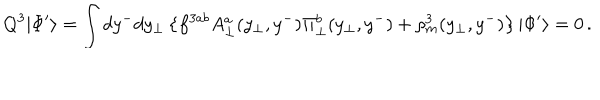
Q ^ { 3 } | \Phi ^ { \prime } \rangle = \int d y ^ { - } d y _ { \bot } \left\{ f ^ { 3 a b } A _ { \bot } ^ { a } ( y _ { \bot } , y ^ { - } ) \Pi _ { \bot } ^ { b } ( y _ { \bot } , y ^ { - } ) + \rho _ { m } ^ { 3 } ( y _ { \bot } , y ^ { - } ) \right\} | \Phi ^ { \prime } \rangle = 0 \, .